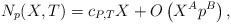
LaTeX: \begin{align*} N_{p}(X,T) = c_{P,T} X + O \left( X^A p^B \right),\end{align*}